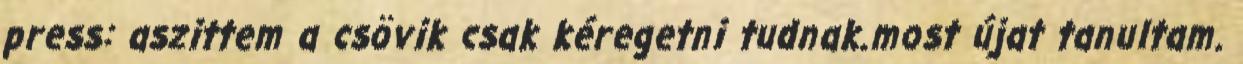
press: aszittem a csövik csak kéregetni tudnak.most újat tanultam.